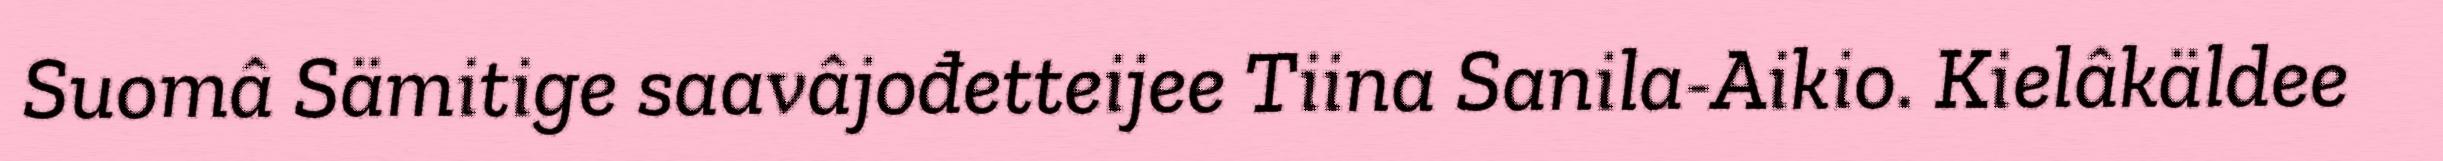
Suomâ Sämitige saavâjođetteijee Tiina Sanila-Aikio. Kielâkäldee